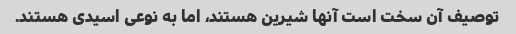
توصیف آن سخت است آنها شیرین هستند، اما به نوعی اسیدی هستند.